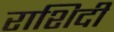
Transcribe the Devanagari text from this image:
राशिदी